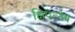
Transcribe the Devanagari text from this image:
क्षिपत्येष